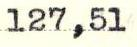
127,51